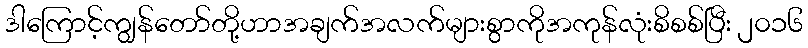
ဒါကြောင့်ကျွန်တော်တို့ဟာအချက်အလက်များစွာကိုအကုန်လုံးစိစစ်ပြီး ၂၀၁၆